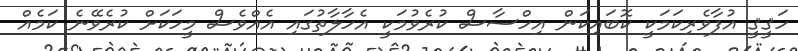
ހަޤީޤީ އުފާވެރިކަމަކީ ކޮބައިކަން އިހްސާސް ކުރެވުމަކީ އެހާލާތުގައި އެއްވެސް މީހަކަށް ކުރެވޭނެ ކަމެއް